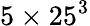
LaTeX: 5\times 25^{3}